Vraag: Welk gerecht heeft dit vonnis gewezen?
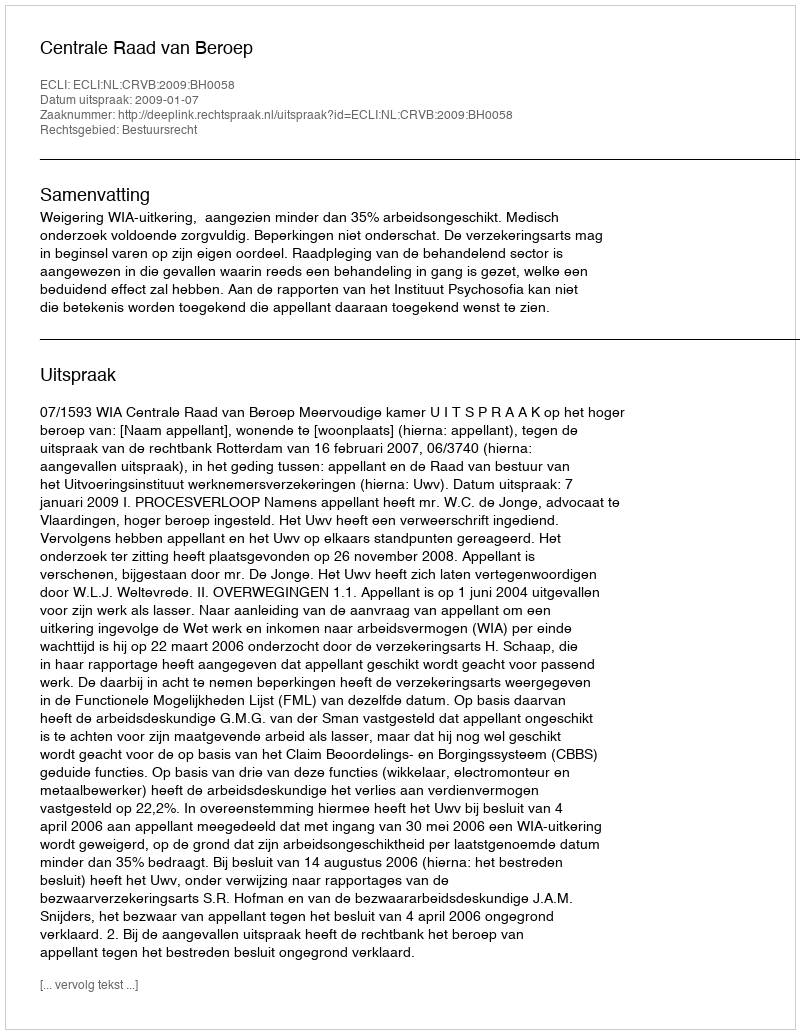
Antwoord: Centrale Raad van Beroep